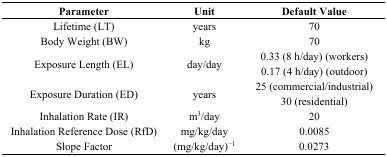
<table><thead><tr><td><b>Parameter</b></td><td><b>Unit</b></td><td><b>Default Value</b></td></tr></thead><tbody><tr><td>Lifetime (LT)</td><td>years</td><td>70</td></tr><tr><td>Body Weight (BW)</td><td>kg</td><td>70</td></tr><tr><td rowspan="2">Exposure Length (EL)</td><td rowspan="2">day/day</td><td>0.33 (8 h/day) (workers)</td></tr><tr><td>0.17 (4 h/day) (outdoor)</td></tr><tr><td rowspan="2">Exposure Duration (ED)</td><td rowspan="2">years</td><td>25 (commercial/industrial)</td></tr><tr><td>30 (residential)</td></tr><tr><td>Inhalation Rate (IR)</td><td>m<sup>3</sup>/day</td><td>20</td></tr><tr><td>Inhalation Reference Dose (RfD)</td><td>mg/kg/day</td><td>0.0085</td></tr><tr><td>Slope Factor</td><td>(mg/kg/day)<sup>−1</sup></td><td>0.0273</td></tr></tbody></table>